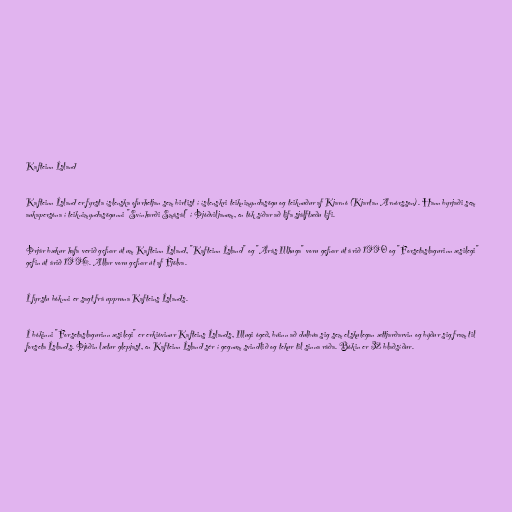
Kafteinn Ísland

Kafteinn Ísland er fyrsta íslenska ofurhetjan sem birtist í íslenskri teiknimyndasögu og teiknuður af Kjarnó (Kjartan Arnórsson). Hann byrjaði sem
aukapersóna í teiknimyndasögunni "Svínharði Smásál" í Þjóðviljanum, en tók síðar að lifa sjálftæðu lífi.

Þrjár bækur hafa verið gefnar út um Kafteinn Ísland, "Kafteinn Ísland" og "Árás Illhuga" voru gefnar út árið 1990 og "Forsetaslagurinn æsilegi"
gefin út árið 1996. Allar voru gefnar út af Fjölva.

Í fyrstu bóknni er sagt frá uppruna Kafteins Íslands.

Í bókinni "Forsetaslagurinn æsilegi" er erkióvinur Kafteins Íslands, Illugi ógeð, búinn að dulbúa sig sem elskulegan ættjarðarvin og býður sig fram til
forseta Íslands. Þjóðin lætur glepjast, en Kafteinn Ísland sér í gegnum svindlið og tekur til sinna ráða. Bókin er 32 blaðsíður.